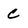
Character: c